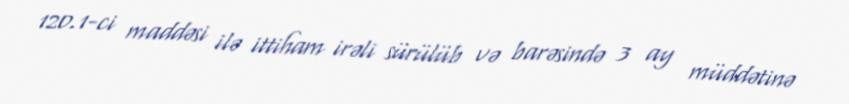
120.1-ci maddəsi ilə ittiham irəli sürülüb və barəsində 3 ay müddətinə